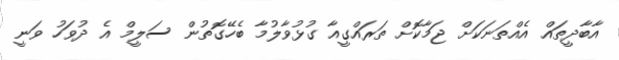
އާބާދީތައް އެއްތަނަކަށް ޖަމާކޮށް ތަރައްގީއާ ގުޅުވާލުމާ ބެހޭގޮތުން ސަލީމް އެ ދުވަހު ވަނީ